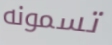
تسمونه